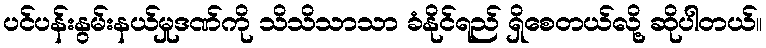
ပင်ပန်းနွမ်းနယ်မှုဒဏ်ကို သိသိသာသာ ခံနိုင်ရည် ရှိစေတယ်လို့ ဆိုပါတယ်။